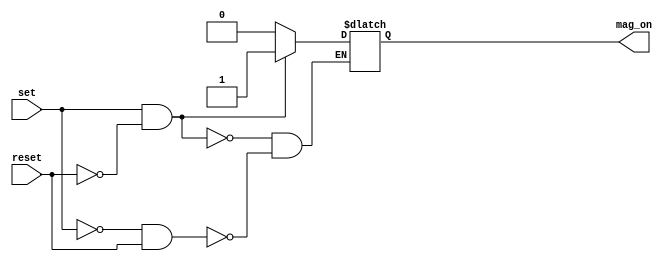

module latch(
	input wire set, reset,
	output reg mag_on
);
	initial begin
		mag_on = 0;
	end

	always@(*) begin
		if(set == 1 && reset == 0) begin
			mag_on <= 1;
		end
		else if (set == 0 && reset == 1) begin
			mag_on <= 0;
		end
		else if (set == 0 && reset == 0) begin
			mag_on <= mag_on; 
		end
	end
	
endmodule